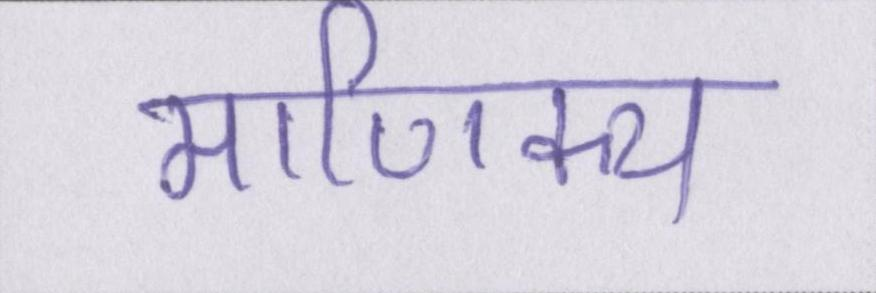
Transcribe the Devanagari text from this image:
माणिक्य